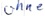
Text: ohne